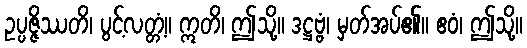
ဥပ္ပဇ္ဇိဿတိ၊ ပွင့်လတ္တံ့။ ဣတိ၊ ဤသို့။ ဒဋ္ဌဗ္ဗံ၊ မှတ်အပ်၏။ ဧဝံ၊ ဤသို့။